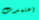
اعتمدت